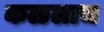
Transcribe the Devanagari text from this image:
कळलाच